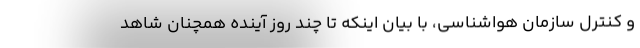
و کنترل سازمان هواشناسی، با بیان اینکه تا چند روز آینده همچنان شاهد